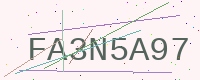
Text: FA3N5A97